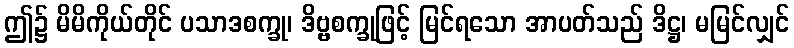
ဤ၌ မိမိကိုယ်တိုင် ပသာဒစက္ခု၊ ဒိဗ္ဗစက္ခုဖြင့် မြင်ရသော အာပတ်သည် ဒိဋ္ဌ၊ မမြင်လျှင်